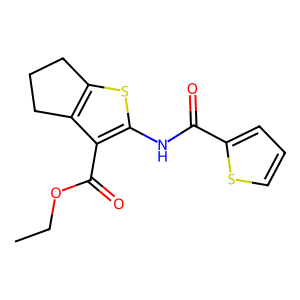
SMILES: CCOC(=O)c1c(NC(=O)c2cccs2)sc2c1CCC2
Inhibits HIV replication: No